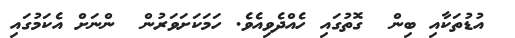
އުޑުތަކާއި ބިން  ގޮތުގައި ހެއްދެވިއެވެ. ހަމަކަށަވަރުން  ންނަށް އެކަމުގައި